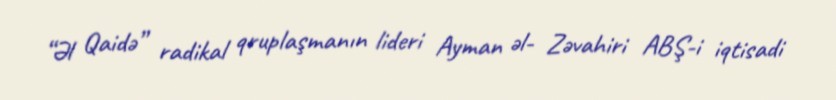
“Əl Qaidə” radikal qruplaşmanın lideri Ayman əl- Zəvahiri ABŞ-i iqtisadi